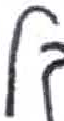
אות: ל